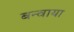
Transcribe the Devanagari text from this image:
बन्वाया